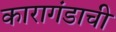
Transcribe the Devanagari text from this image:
कारागंडाची